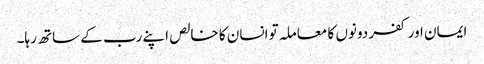
ایمان اور کفر دونوں کا معاملہ تو انسان کا خالص اپنے رب کے ساتھ رہا۔